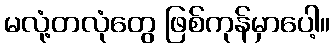
မလုံ့တလုံတွေ ဖြစ်ကုန်မှာပေါ့။